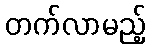
တက်လာမည့်